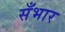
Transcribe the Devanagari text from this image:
सँभार